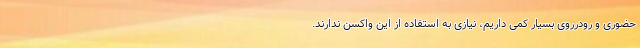
حضوری و رودرروی بسیار کمی داریم، نیازی به استفاده از این واکسن ندارند.